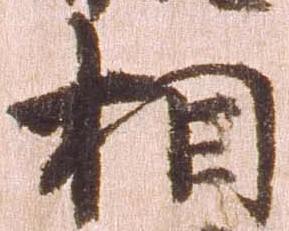
相